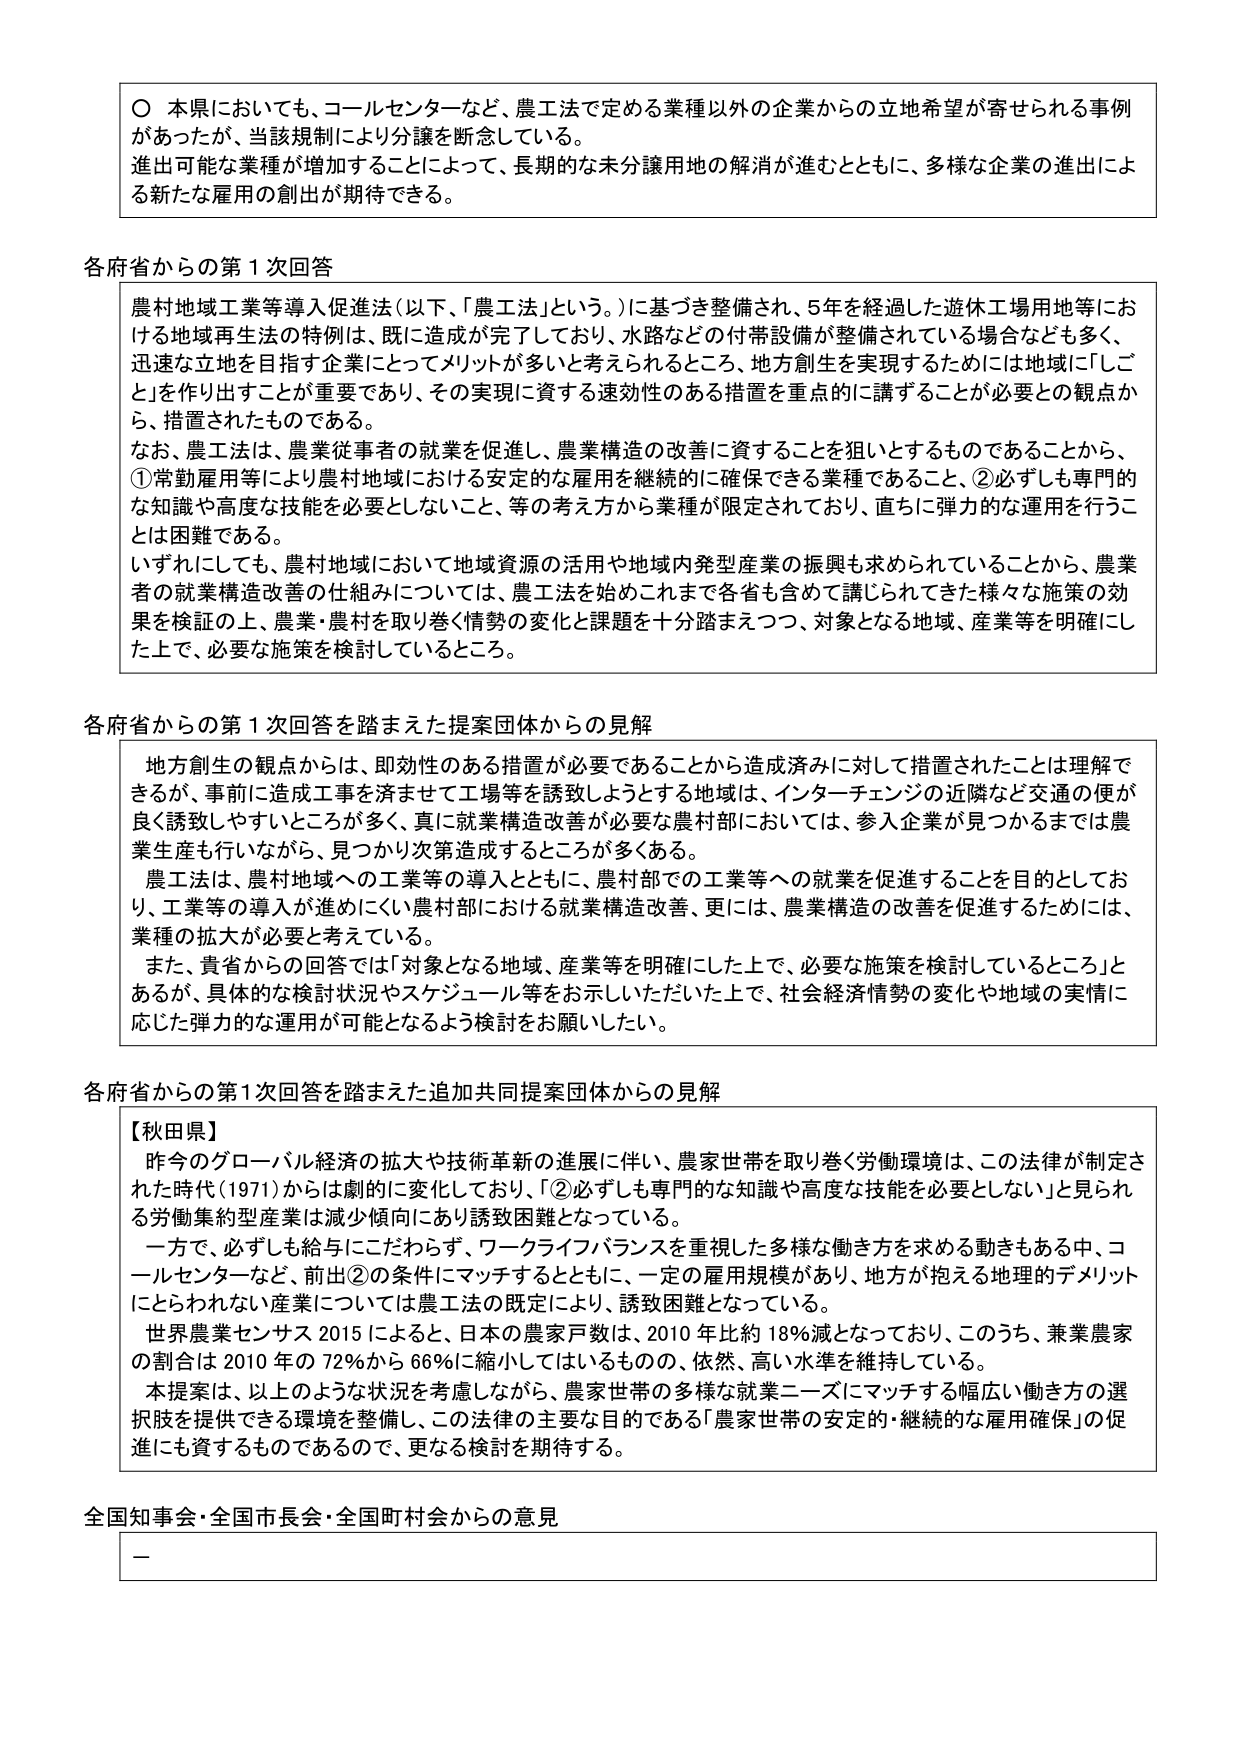
〇 本県においても、コールセンターなど、農工法で定める業種以外の企業からの立地希望が寄せられる事例があったが、当該規制により分譲を断念している。
進出可能な業種が増加することによって、長期的な未分譲用地の解消が進むとともに、多様な企業の進出による新たな雇用の創出が期待できる。

各府省からの第1次回答
農村地域工業等導入促進法（以下、「農工法」という。）に基づき整備され、5年を経過した遊休工場用地等における地域再生法の特例は、既に造成が完了しており、水路などの付帯設備が整備されている場合なども多く、迅速な立地を目指す企業にとってメリットが多いと考えられるところ、地方創生を実現するためには地域に「しごと」を作り出すことが重要であり、その実現に資する速効性のある措置を重点的に講ずることが必要との観点から、措置されたものである。
なお、農工法は、農業従事者の就業を促進し、農業構造の改善に資することを狙いとするものであることから、①常勤雇用等により農村地域における安定的な雇用を継続的に確保できる業種であること、②必ずしも専門的な知識や高度な技能を必要としないこと、等の考え方から業種が限定されており、直ちに弾力的な運用を行うことは困難である。
いずれにしても、農村地域において地域資源の活用や地域内発型産業の振興も求められていることから、農業者の就業構造改善の仕組みについては、農工法を始めこれまで各省も含めて講じられてきた様々な施策の効果を検証の上、農業・農村を取り巻く情勢の変化と課題を十分踏まえつつ、対象となる地域、産業等を明確にした上で、必要な施策を検討しているところ。

各府省からの第1次回答を踏まえた提案団体からの見解
地方創生の観点からは、即効性のある措置が必要であることから造成済みに対して措置されたことは理解できるが、事前に造成工事を済ませて工場等を誘致しようとする地域は、インターチェンジの近隣など交通の便が良く誘致しやすいところが多く、真に就業構造改善が必要な農村部においては、参入企業が見つかるまでは農業生産も行いながら、見つかり次第造成するところが多くある。
農工法は、農村地域への工業等の導入とともに、農村部での工業等への就業を促進することを目的としており、工業等の導入が進みにくい農村部における就業構造改善、更には、農業構造の改善を促進するためには、業種の拡大が必要と考えている。
また、貴省からの回答では「対象となる地域、産業等を明確にした上で、必要な施策を検討しているところ」とあるが、具体的な検討状況やスケジュール等をお示しいただいた上で、社会経済情勢の変化や地域の実情に応じた弾力的な運用が可能となるよう検討をお願いしたい。

各府省からの第1次回答を踏まえた追加共同提案団体からの見解
【秋田県】
昨今のグローバル経済の拡大や技術革新の進展に伴い、農家世帯を取り巻く労働環境は、この法律が制定された時代（1971）からは劇的に変化しており、「②必ずしも専門的な知識や高度な技能を必要としない」と見られる労働集約型産業は減少傾向にあり誘致困難となっている。
一方で、必ずしも給与にこだわらず、ワークライフバランスを重視した多様な働き方を求める動きもある中、コールセンターなど、前出②の条件にマッチするとともに、一定の雇用規模があり、地方が抱える地理的デメリットにとらわれない産業については農工法の既定により、誘致困難となっている。
世界農業センサス2015によると、日本の農家戸数は、2010年比約18％減となっており、このうち、兼業農家の割合は2010年の72％から66％に縮小してはいるものの、依然、高い水準を維持している。
本提案は、以上のような状況を考慮しながら、農家世帯の多様な就業ニーズにマッチする幅広い働き方の選択肢を提供できる環境を整備し、この法律の主要な目的である「農家世帯の安定的・継続的な雇用確保」の促進にも資するものであるので、更なる検討を期待する。

全国知事会・全国市長会・全国町村会からの意見
－